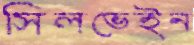
সিলভেইন